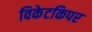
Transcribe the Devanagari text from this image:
विकेटकिपर